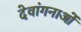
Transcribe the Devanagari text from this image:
देवांगनाओं